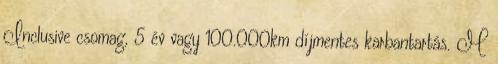
Inclusive csomag, 5 év vagy 100.000km díjmentes karbantartás. M